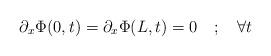
LaTeX: \begin{align*}\partial _{x}\Phi (0,t)=\partial _{x}\Phi (L,t)=0\quad ;\quad \forall t\end{align*}